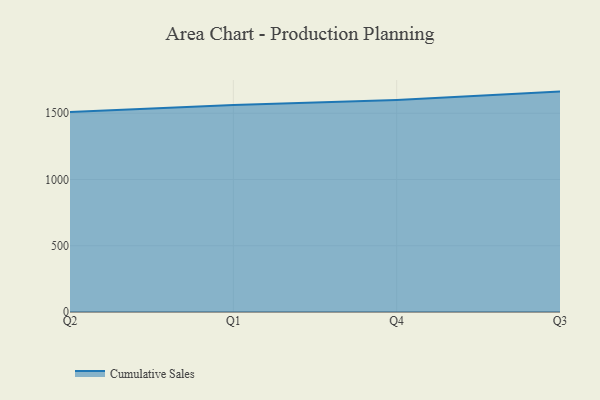
{"axis": {"x": "Quarter", "y": "Population (Million)"}, "legend": ["Cumulative Sales"], "data": [{"x": "Q2", "y": 1508.9, "type": "Cumulative Sales"}, {"x": "Q1", "y": 1561.7, "type": "Cumulative Sales"}, {"x": "Q4", "y": 1600.8, "type": "Cumulative Sales"}, {"x": "Q3", "y": 1663.6, "type": "Cumulative Sales"}]}